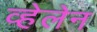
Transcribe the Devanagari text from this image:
व्हेलेन